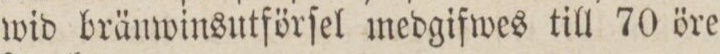
wid bränwinsutförſel medgiſwes till 70 öre